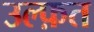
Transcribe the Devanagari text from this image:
उल्फ़त